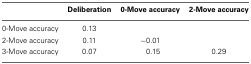
<table><thead><tr><td></td><td><b>Deliberation</b></td><td><b>0-Move accuracy</b></td><td><b>2-Move accuracy</b></td></tr></thead><tbody><tr><td>0-Move accuracy</td><td>0.13</td><td></td><td></td></tr><tr><td>2-Move accuracy</td><td>0.11</td><td>−0.01</td><td></td></tr><tr><td>3-Move accuracy</td><td>0.07</td><td>0.15</td><td>0.29</td></tr></tbody></table>